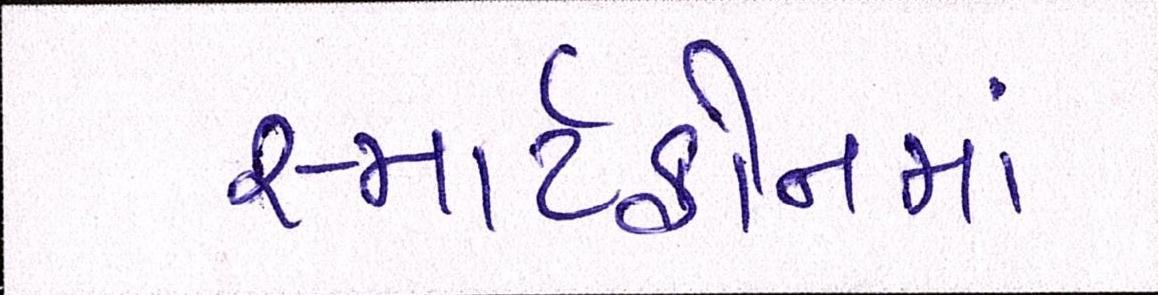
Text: સ્માર્ટફોનમાં